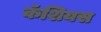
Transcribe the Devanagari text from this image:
कॅशियस